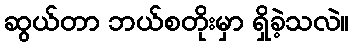
ဆွယ်တာ ဘယ်စတိုးမှာ ရှိခဲ့သလဲ။